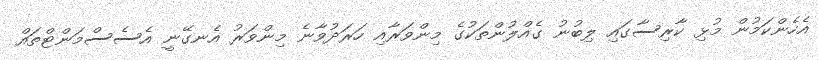
އެހެންކަމުން މުޅި ކާރިސާގައި ލިބުނު ގެއްލުންތަކުގެ މިންވަރާއި ހަރަދުވާނެ މިންވަރު އެނގޭނީ އެސެސްމަންޓްތައް